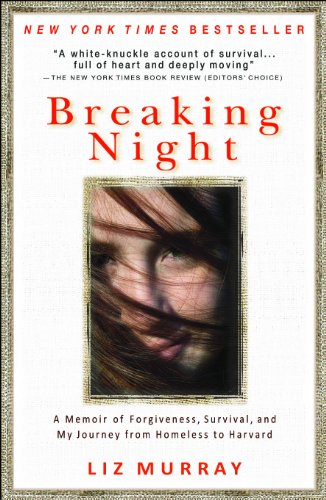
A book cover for Breaking Night: A Memoir of Forgiveness, Survival, and My Journey from Homeless to Harvard; Liz Murray; Parenting & Relationships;